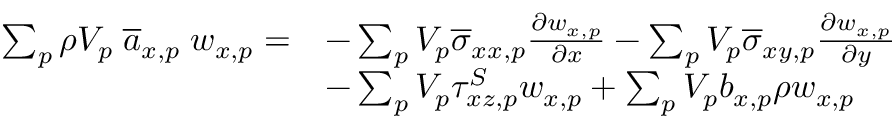
\begin{array} { r l } { \sum _ { p } \rho V _ { p } \; \overline { { a } } _ { x , p } \; w _ { x , p } = } & { - \sum _ { p } V _ { p } \overline { { \sigma } } _ { x x , p } \frac { \partial w _ { x , p } } { \partial x } - \sum _ { p } V _ { p } \overline { { \sigma } } _ { x y , p } \frac { \partial w _ { x , p } } { \partial y } } \\ & { - \sum _ { p } V _ { p } \tau _ { x z , p } ^ { S } w _ { x , p } + \sum _ { p } V _ { p } b _ { x , p } \rho w _ { x , p } } \end{array}